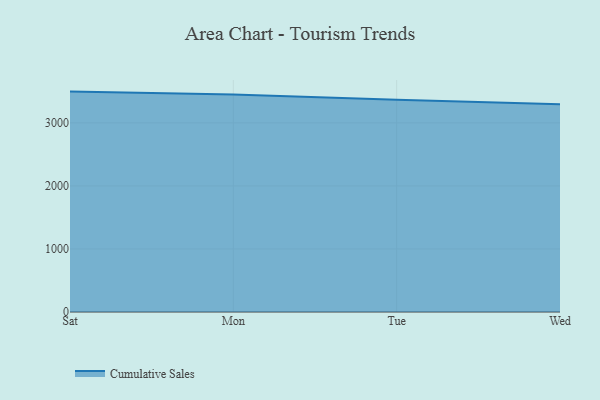
{"axis": {"x": "Day", "y": "Production Output"}, "legend": ["Cumulative Sales"], "data": [{"x": "Sat", "y": 3495.8, "type": "Cumulative Sales"}, {"x": "Mon", "y": 3451.7, "type": "Cumulative Sales"}, {"x": "Tue", "y": 3365.0, "type": "Cumulative Sales"}, {"x": "Wed", "y": 3296.4, "type": "Cumulative Sales"}]}